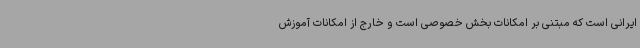
ایرانی است که مبتنی بر امکانات بخش خصوصی است و خارج از امکانات آموزش